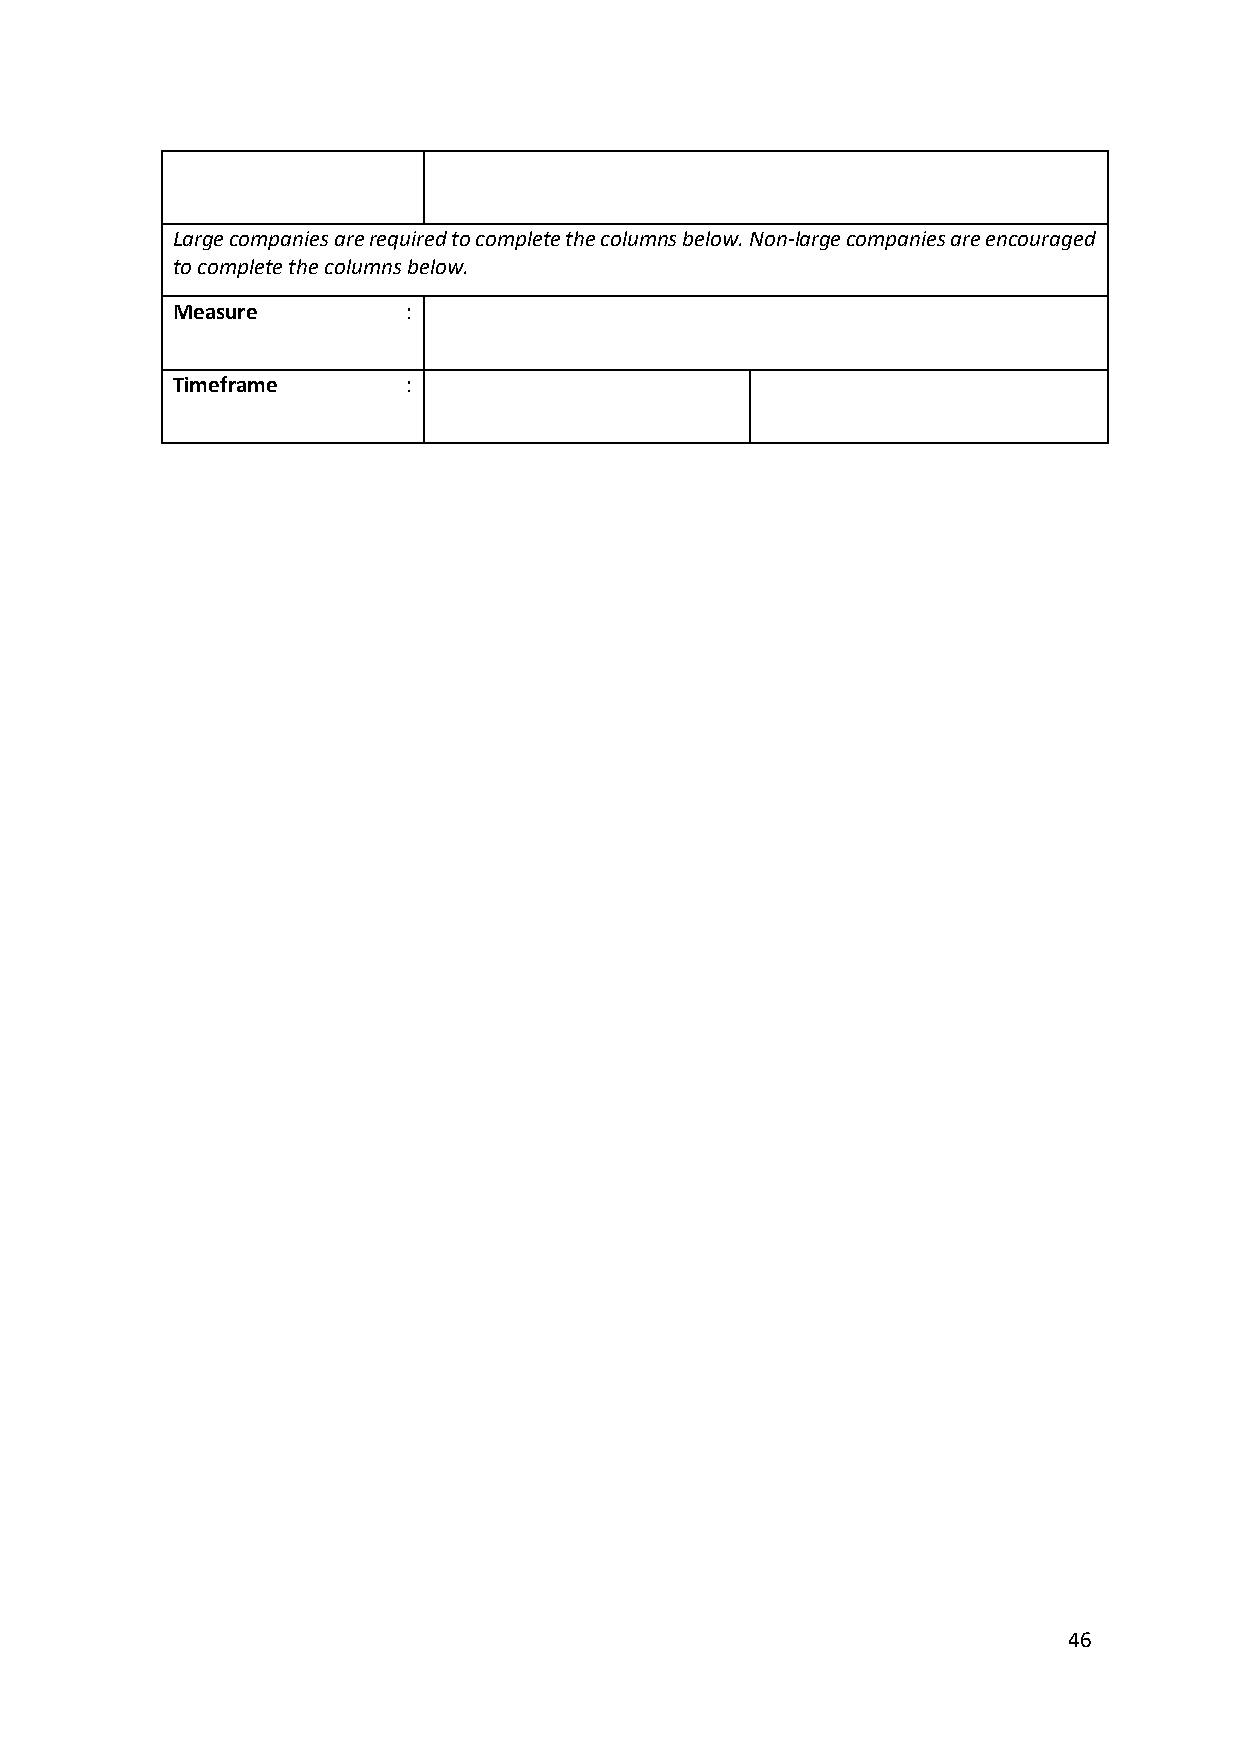
Large companies are required to complete the columns below. Non-large companies are encouraged
 to complete the columns below.
 Measure         :
 Timeframe       :
 46